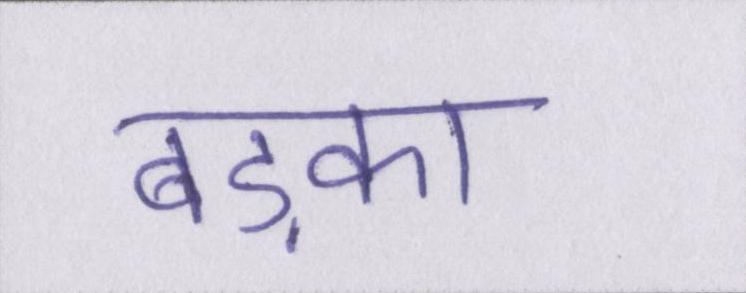
बड़का